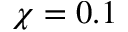
\chi = 0 . 1